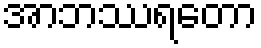
အာဘဿရတော